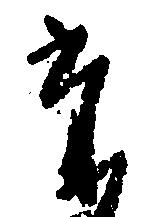
た